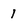
Character: 1